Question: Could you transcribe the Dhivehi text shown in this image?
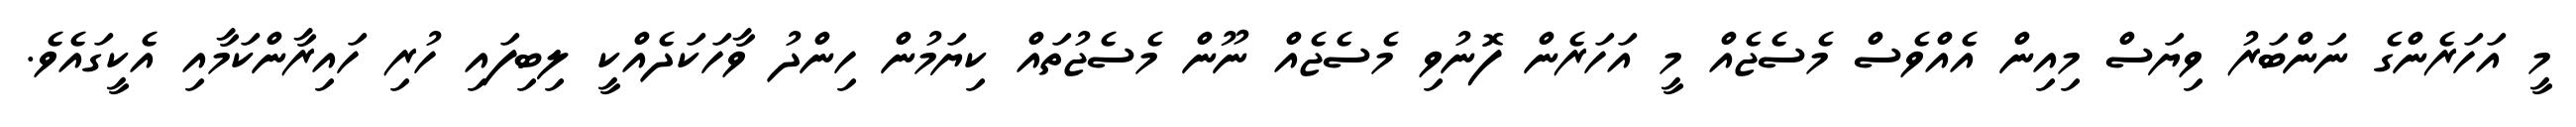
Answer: މީ އަހަރެންގެ ނަންބަރު ވިޔަސް މިއިން އެއްވެސް މެސެޖެއް މީ އަހަރެން ފޮނުވި މެސެޖެއް ނޫން މެސެޖުތައް ކިޔަމުން ހިންދު ވާހަކަދެއްކީ ލިބިފައި ހުރި ހައިރާންކަމާއި އެކީގައެވެ.